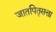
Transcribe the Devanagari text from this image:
जातपितृसत्ता